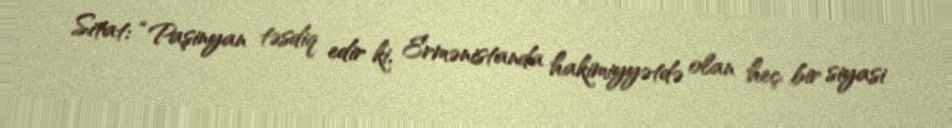
Sitat: “Paşinyan təsdiq edir ki, Ermənistanda hakimiyyətdə olan heç bir siyasi